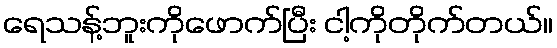
ရေသန့်ဘူးကိုဖောက်ပြီး ငါ့ကိုတိုက်တယ်။